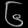
Digit: ၆